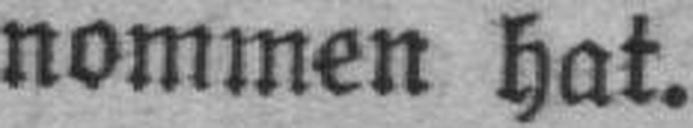
nommen hat.